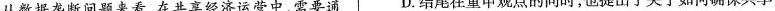
从数据垄断问题来看，在共享经济运营中，需要通 D.结尾在重中观点的同时，也提出了关于如何确保共享